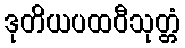
ဒုတိယပထဝီသုတ္တံ